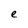
Character: e